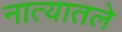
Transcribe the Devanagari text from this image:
नात्यातले